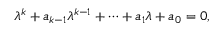
\lambda ^ { k } + a _ { k - 1 } \lambda ^ { k - 1 } + \cdots + a _ { 1 } \lambda + a _ { 0 } = 0 ,